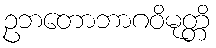
ဥဘတောဘာဂဝိမုတ္တိ